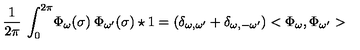
\frac { 1 } { 2 \pi } \: \int _ { 0 } ^ { 2 \pi } \! \Phi _ { \omega } ( \sigma ) \: \Phi _ { \omega ^ { \prime } } ( \sigma ) \star 1 = ( \delta _ { \omega , \omega ^ { \prime } } + \delta _ { \omega , - \omega ^ { \prime } } ) < \Phi _ { \omega } , \Phi _ { \omega ^ { \prime } } >